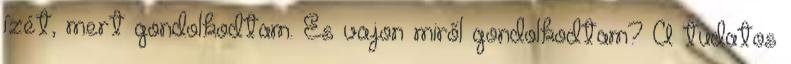
ízét, mert gondolkodtam. És vajon miről gondolkodtam? A tudatos